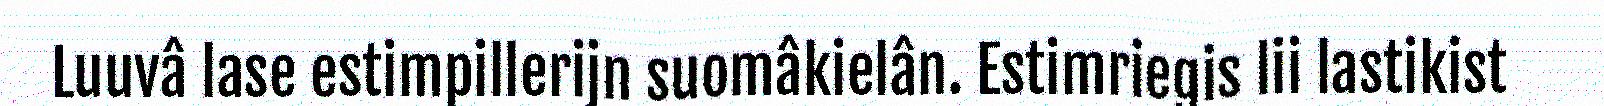
Luuvâ lase estimpillerijn suomâkielân. Estimriegis lii lastikist